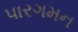
પારગમન